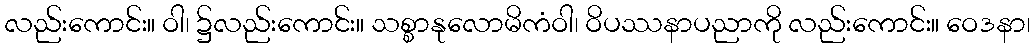
လည်းကောင်း။ ဝါ၊ ၌လည်းကောင်း။ သစ္စာနုလောမိကံဝါ၊ ဝိပဿနာပညာကို လည်းကောင်း။ ဝေဒနာ၊